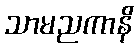
သာမညကာနိ